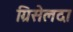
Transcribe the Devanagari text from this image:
ग्रिसेलदा